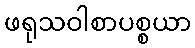
ဖရုသဝါစာပစ္စယာ